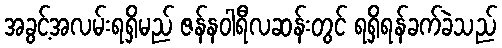
အခွင့်အလမ်းရရှိမည် ဇန်နဝါရီလဆန်းတွင် ရရှိရန်ခက်ခဲသည်